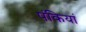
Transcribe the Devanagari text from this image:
पंकियां